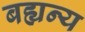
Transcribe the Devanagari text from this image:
बह्यन्य